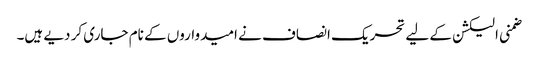
ضمنی الیکشن کے لیے تحریک انصاف نے امیدواروں کے نام جاری کر دیے ہیں۔